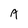
Character: a